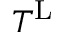
T ^ { \mathrm { L } }